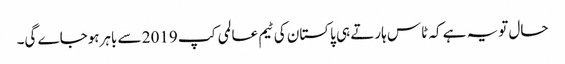
حال تویہ ہے کہ ٹاس ہارتے ہی پاکستان کی ٹیم عالمی کپ 2019 سے باہرہوجاے گی۔